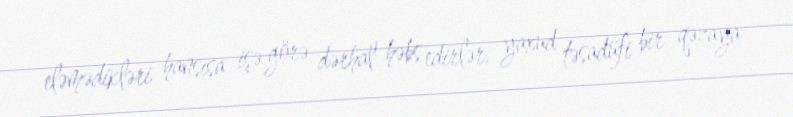
eləmədikləri hansısa işə görə dərhal həbs edirlər, yaxud təsadüfi bir qəzaya